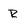
Character: R